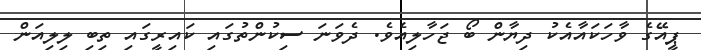
ޕީއޭގެ ވާހަކައާއެކު ދިޔާން ބޯ ޖަހާލިއެވެ. ދެވަނަ ސިކުންތުގައި ކައިރީގައި ތިބި ލިލިއަން